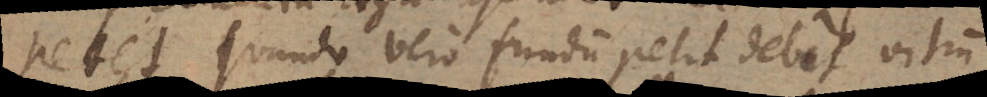
petet, quando vero fundum petit, debet vitrum